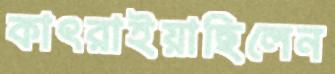
কাৎরাইয়াছিলেন